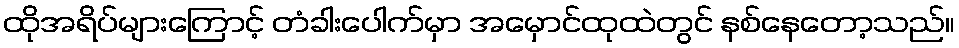
ထိုအရိပ်များကြောင့် တံခါးပေါက်မှာ အမှောင်ထုထဲတွင် နစ်နေတော့သည်။